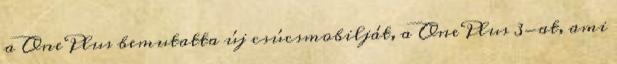
a OnePlus bemutatta új csúcsmobilját, a OnePlus 3-at, ami